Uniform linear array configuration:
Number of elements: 8
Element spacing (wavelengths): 0.25
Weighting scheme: blackman
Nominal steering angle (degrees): -60
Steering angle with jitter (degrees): -58.314
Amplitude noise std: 0.05
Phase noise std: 0.05

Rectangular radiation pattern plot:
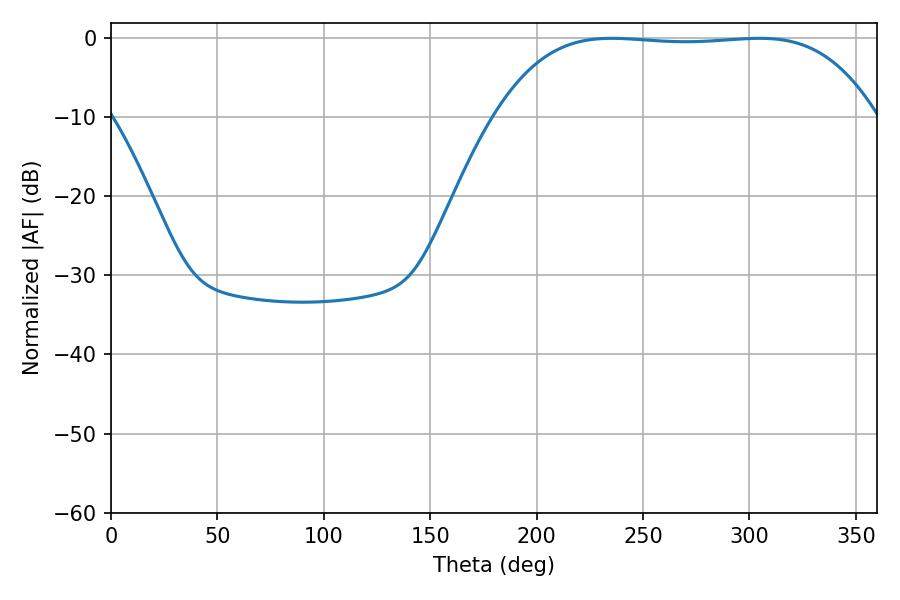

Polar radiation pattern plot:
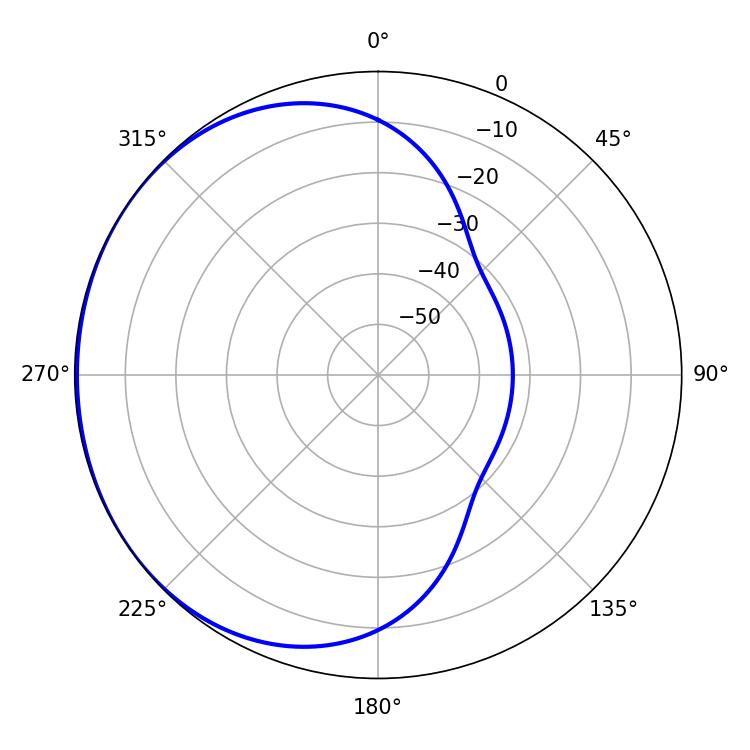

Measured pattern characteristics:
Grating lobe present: FALSE
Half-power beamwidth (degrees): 138.6
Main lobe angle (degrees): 235.26